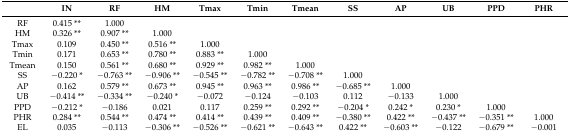
<table><thead><tr><td></td><td><b>IN</b></td><td><b>RF</b></td><td><b>HM</b></td><td><b>Tmax</b></td><td><b>Tmin</b></td><td><b>Tmean</b></td><td><b>SS</b></td><td><b>AP</b></td><td><b>UB</b></td><td><b>PPD</b></td><td><b>PHR</b></td></tr></thead><tbody><tr><td>RF</td><td>0.415 **</td><td>1.000</td><td></td><td></td><td></td><td></td><td></td><td></td><td></td><td></td><td></td></tr><tr><td>HM</td><td>0.326 **</td><td>0.907 **</td><td>1.000</td><td></td><td></td><td></td><td></td><td></td><td></td><td></td><td></td></tr><tr><td>Tmax</td><td>0.109</td><td>0.450 **</td><td>0.516 **</td><td>1.000</td><td></td><td></td><td></td><td></td><td></td><td></td><td></td></tr><tr><td>Tmin</td><td>0.171</td><td>0.653 **</td><td>0.780 **</td><td>0.883 **</td><td>1.000</td><td></td><td></td><td></td><td></td><td></td><td></td></tr><tr><td>Tmean</td><td>0.150</td><td>0.561 **</td><td>0.680 **</td><td>0.929 **</td><td>0.982 **</td><td>1.000</td><td></td><td></td><td></td><td></td><td></td></tr><tr><td>SS</td><td>−0.220 *</td><td>−0.763 **</td><td>−0.906 **</td><td>−0.545 **</td><td>−0.782 **</td><td>−0.708 **</td><td>1.000</td><td></td><td></td><td></td><td></td></tr><tr><td>AP</td><td>0.162</td><td>0.579 **</td><td>0.673 **</td><td>0.945 **</td><td>0.963 **</td><td>0.986 **</td><td>−0.685 **</td><td>1.000</td><td></td><td></td><td></td></tr><tr><td>UB</td><td>−0.414 **</td><td>−0.334 **</td><td>−0.240 *</td><td>−0.072</td><td>−0.124</td><td>−0.103</td><td>0.112</td><td>−0.133</td><td>1.000</td><td></td><td></td></tr><tr><td>PPD</td><td>−0.212 *</td><td>−0.186</td><td>0.021</td><td>0.117</td><td>0.259 **</td><td>0.292 **</td><td>−0.204 *</td><td>0.242 *</td><td>0.230 *</td><td>1.000</td><td></td></tr><tr><td>PHR</td><td>0.284 **</td><td>0.544 **</td><td>0.474 **</td><td>0.414 **</td><td>0.439 **</td><td>0.409 **</td><td>−0.380 **</td><td>0.422 **</td><td>−0.437 **</td><td>−0.351 **</td><td>1.000</td></tr><tr><td>EL</td><td>0.035</td><td>−0.113</td><td>−0.306 **</td><td>−0.526 **</td><td>−0.621 **</td><td>−0.643 **</td><td>0.422 **</td><td>−0.603 **</td><td>−0.122</td><td>−0.679 **</td><td>−0.001</td></tr></tbody></table>